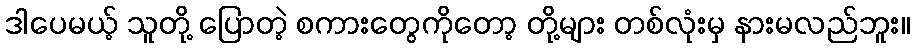
ဒါပေမယ့် သူတို့ ပြောတဲ့ စကားတွေကိုတော့ တို့များ တစ်လုံးမှ နားမလည်ဘူး။